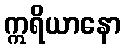
ဣရိယာနော